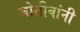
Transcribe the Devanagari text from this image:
जोतीबांनी